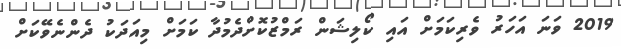
2019 ވަނަ އަހަރު ވެރިކަމަށް އައި ކޯލިޝަން ރަމްޒުކޮށްދެމުދާ ކަމަށް މިއަދަކު ދެންނެވޭކަށް